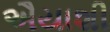
ઐયાશી